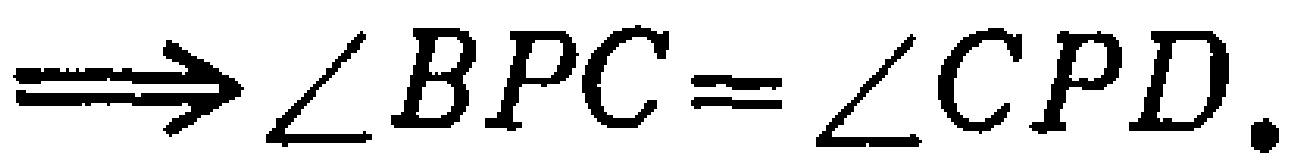
\(\Longrightarrow\angle BPC = \angle CPD.\)